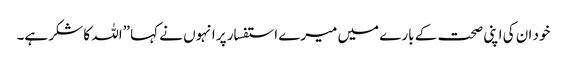
خود ان کی اپنی صحت کے بارے میں میرے استفسار پر انہوں نے کہا ”اللہ کا شکر ہے۔